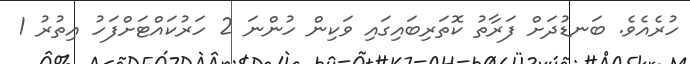
ހުރެއެވެ. ބަނޑުދަށް ފަރާތު ކޮތަރިބައިގައި ވަކިން ހުންނަ 2 ހަރުކައްޓަށްފަހު އިތުރު 1